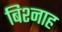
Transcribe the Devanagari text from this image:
बिश्नाह